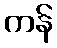
ကန်